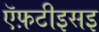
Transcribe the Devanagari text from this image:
ऍफ़टीइसइ